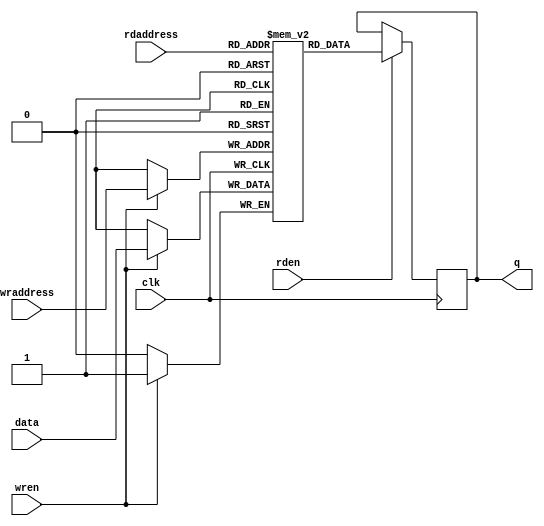
/*
*  Name         :simple_dpram.v
*  Description  :
*  Origin       :230610
*  EE           :hel
*/

module simple_dpram #(
    parameter width     = 1,
    parameter widthad   = 1,
    parameter initfile  = "None"    
)(
    input                       clk,
    
    input       [widthad-1:0]   wraddress,
    input                       wren,
    input       [width-1:0]     data,
    
    input                       rden,
    input       [widthad-1:0]   rdaddress,
    output reg  [width-1:0]     q
);
reg [width-1:0] mem [(2**widthad)-1:0];
initial begin
    if(initfile != "None" )
    $readmemh(initfile, mem);
end

always @(posedge clk) begin
    if(wren) mem[wraddress] <= data;
end
always @(posedge clk) begin
    if(rden) q <= mem[rdaddress];
end
endmodule